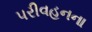
પરીવહનના